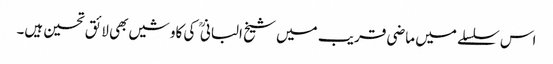
اس سلسلے میں ماضی قریب میں شیخ البانی کی کاوشیں بھی لائق تحسین ہیں۔